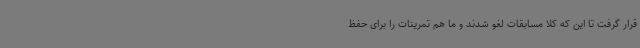
قرار گرفت تا این که کلا مسابقات لغو شدند و ما هم تمرینات را برای حفظ